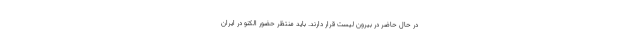
در حال حاضر در بیرون لیست قرار دارند. باید منتظر حضور الکنو در ایران